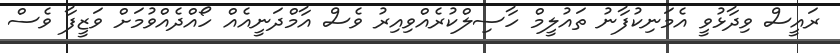
ރައީސް ވިދާޅުވީ އެމަނިކުފާނު ތައުލީމް ހާސިލްކުރެއްވިއިރު ވެސް އާމްދަނީއެއް ހޯއްދެއްވުމަށް ވަޒީފާ ވެސް